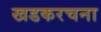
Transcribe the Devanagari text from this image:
खडकरचना